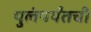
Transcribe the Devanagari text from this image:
पुलंपर्यंतची